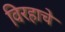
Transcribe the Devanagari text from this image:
विरहाचे